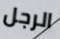
الرجل